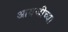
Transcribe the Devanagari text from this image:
आयजीच्या